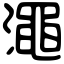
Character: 澠